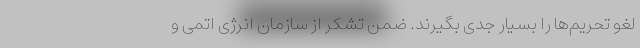
لغو تحریم‌ها را بسیار جدی بگیرند. ضمن تشکر از سازمان انرژی اتمی و